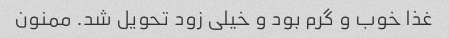
غذا خوب و گرم بود و خیلی زود تحویل شد. ممنون